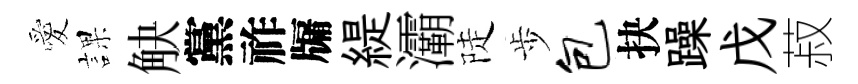
愛課觖黨祚牖緹灞陡歩包抉躁戊菽